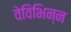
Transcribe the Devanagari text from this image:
वेविभिन्न